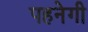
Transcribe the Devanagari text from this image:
पहनेगी